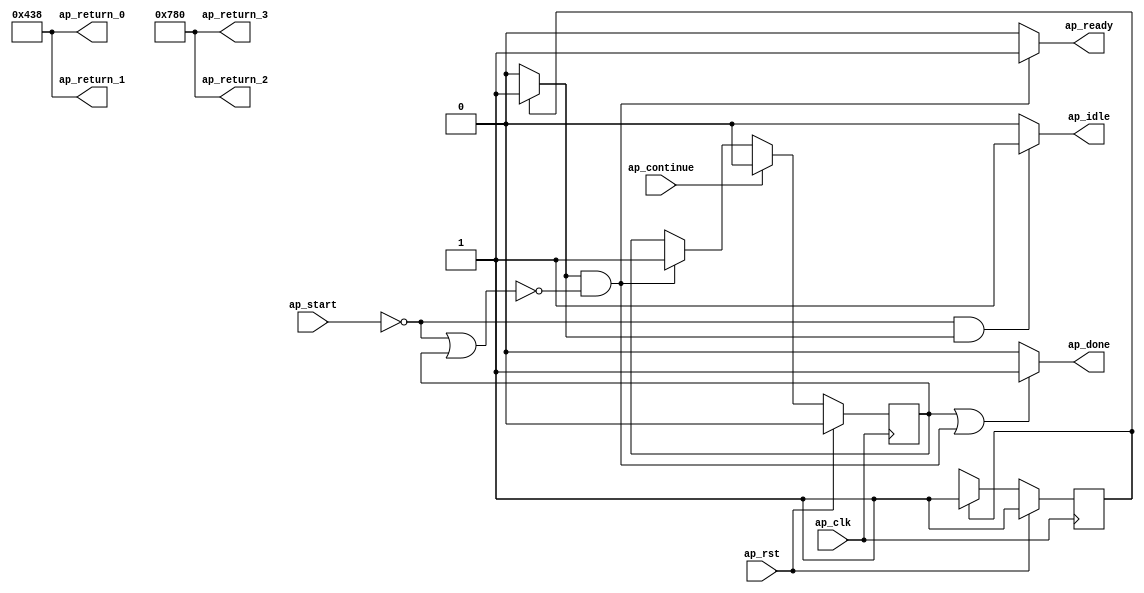
module pixelq_op_Block_proc (
        ap_clk,
        ap_rst,
        ap_start,
        ap_done,
        ap_continue,
        ap_idle,
        ap_ready,
        ap_return_0,
        ap_return_1,
        ap_return_2,
        ap_return_3
);

parameter    ap_const_logic_1 = 1'b1;
parameter    ap_const_logic_0 = 1'b0;
parameter    ap_ST_st1_fsm_0 = 1'b1;
parameter    ap_const_lv32_0 = 32'b00000000000000000000000000000000;
parameter    ap_const_lv1_1 = 1'b1;
parameter    ap_const_lv12_438 = 12'b10000111000;
parameter    ap_const_lv12_780 = 12'b11110000000;
parameter    ap_true = 1'b1;

input   ap_clk;
input   ap_rst;
input   ap_start;
output   ap_done;
input   ap_continue;
output   ap_idle;
output   ap_ready;
output  [11:0] ap_return_0;
output  [11:0] ap_return_1;
output  [11:0] ap_return_2;
output  [11:0] ap_return_3;

reg ap_done;
reg ap_idle;
reg ap_ready;
reg    ap_done_reg = 1'b0;
(* fsm_encoding = "none" *) reg   [0:0] ap_CS_fsm = 1'b1;
reg    ap_sig_cseq_ST_st1_fsm_0;
reg    ap_sig_bdd_20;
reg    ap_sig_bdd_82;
reg   [0:0] ap_NS_fsm;




/// the current state (ap_CS_fsm) of the state machine. ///
always @ (posedge ap_clk)
begin : ap_ret_ap_CS_fsm
    if (ap_rst == 1'b1) begin
        ap_CS_fsm <= ap_ST_st1_fsm_0;
    end else begin
        ap_CS_fsm <= ap_NS_fsm;
    end
end

/// ap_done_reg assign process. ///
always @ (posedge ap_clk)
begin : ap_ret_ap_done_reg
    if (ap_rst == 1'b1) begin
        ap_done_reg <= ap_const_logic_0;
    end else begin
        if ((ap_const_logic_1 == ap_continue)) begin
            ap_done_reg <= ap_const_logic_0;
        end else if (((ap_const_logic_1 == ap_sig_cseq_ST_st1_fsm_0) & ~ap_sig_bdd_82)) begin
            ap_done_reg <= ap_const_logic_1;
        end
    end
end

/// ap_done assign process. ///
always @ (ap_done_reg or ap_sig_cseq_ST_st1_fsm_0 or ap_sig_bdd_82)
begin
    if (((ap_const_logic_1 == ap_done_reg) | ((ap_const_logic_1 == ap_sig_cseq_ST_st1_fsm_0) & ~ap_sig_bdd_82))) begin
        ap_done = ap_const_logic_1;
    end else begin
        ap_done = ap_const_logic_0;
    end
end

/// ap_idle assign process. ///
always @ (ap_start or ap_sig_cseq_ST_st1_fsm_0)
begin
    if ((~(ap_const_logic_1 == ap_start) & (ap_const_logic_1 == ap_sig_cseq_ST_st1_fsm_0))) begin
        ap_idle = ap_const_logic_1;
    end else begin
        ap_idle = ap_const_logic_0;
    end
end

/// ap_ready assign process. ///
always @ (ap_sig_cseq_ST_st1_fsm_0 or ap_sig_bdd_82)
begin
    if (((ap_const_logic_1 == ap_sig_cseq_ST_st1_fsm_0) & ~ap_sig_bdd_82)) begin
        ap_ready = ap_const_logic_1;
    end else begin
        ap_ready = ap_const_logic_0;
    end
end

/// ap_sig_cseq_ST_st1_fsm_0 assign process. ///
always @ (ap_sig_bdd_20)
begin
    if (ap_sig_bdd_20) begin
        ap_sig_cseq_ST_st1_fsm_0 = ap_const_logic_1;
    end else begin
        ap_sig_cseq_ST_st1_fsm_0 = ap_const_logic_0;
    end
end
/// the next state (ap_NS_fsm) of the state machine. ///
always @ (ap_CS_fsm or ap_sig_bdd_82)
begin
    case (ap_CS_fsm)
        ap_ST_st1_fsm_0 : 
        begin
            ap_NS_fsm = ap_ST_st1_fsm_0;
        end
        default : 
        begin
            ap_NS_fsm = 'bx;
        end
    endcase
end

assign ap_return_0 = ap_const_lv12_438;
assign ap_return_1 = ap_const_lv12_438;
assign ap_return_2 = ap_const_lv12_780;
assign ap_return_3 = ap_const_lv12_780;

/// ap_sig_bdd_20 assign process. ///
always @ (ap_CS_fsm)
begin
    ap_sig_bdd_20 = (ap_CS_fsm[ap_const_lv32_0] == ap_const_lv1_1);
end

/// ap_sig_bdd_82 assign process. ///
always @ (ap_start or ap_done_reg)
begin
    ap_sig_bdd_82 = ((ap_start == ap_const_logic_0) | (ap_done_reg == ap_const_logic_1));
end


endmodule